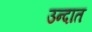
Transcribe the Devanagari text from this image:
उन्दात